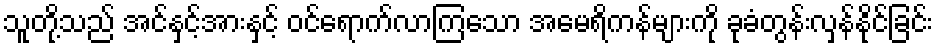
သူတို့သည် အင်နှင့်အားနှင့် ဝင်ရောက်လာကြသော အမေရိကန်များကို ခုခံတွန်းလှန်နိုင်ခြင်း